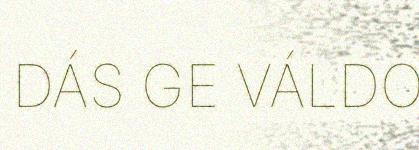
DÁS GE VÁLDO